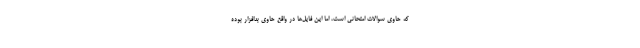
که حاوی سوالات امتحانی است، اما این فایل‌ها در واقع حاوی بدافزار بوده